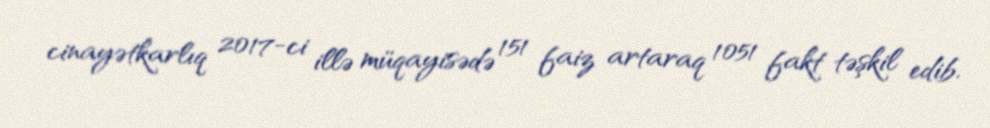
cinayətkarlıq 2017-ci illə müqayisədə 151 faiz artaraq 1051 fakt təşkil edib.